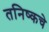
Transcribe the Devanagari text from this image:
तनिष्कचे